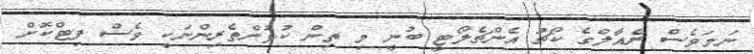
ނަމަވެސް ރެއާލްގެ ކޯޗު އެންޗެލޯޓީ ބުނީ މި ތިން ކުޅުންތެރިންނަކީ ވެސް ފިޓްކޮށް